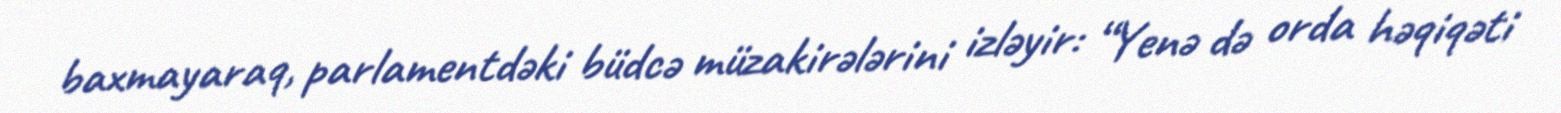
baxmayaraq, parlamentdəki büdcə müzakirələrini izləyir: “Yenə də orda həqiqəti